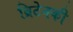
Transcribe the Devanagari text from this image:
ब्रिटेनकी